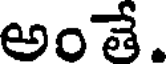
అంతే.